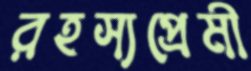
রহস্যপ্রেমী